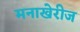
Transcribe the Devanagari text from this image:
मनाखेरीज